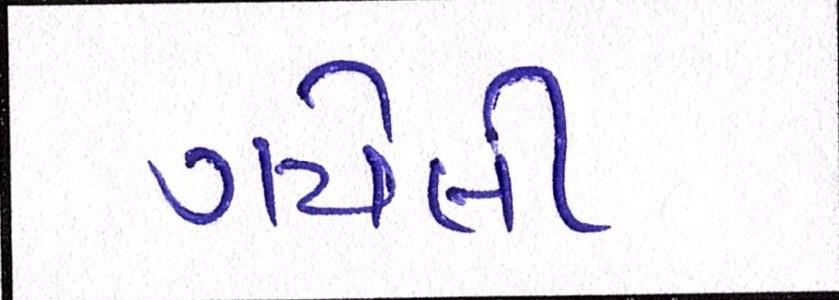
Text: ગયેલી